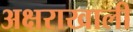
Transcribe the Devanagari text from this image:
अक्षराखाली